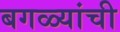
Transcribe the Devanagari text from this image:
बगळ्यांची